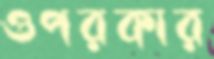
ওপরকার